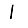
Digit: 1